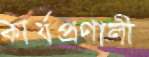
কার্যপ্রণালী